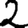
Digit: 2